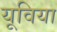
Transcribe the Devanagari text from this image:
यूविया